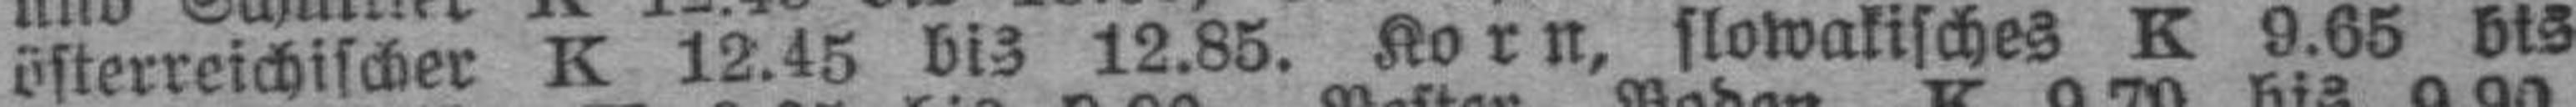
österreichischer K 12.45 bis 12.85. Korn, slowakisches K 9.65 bis